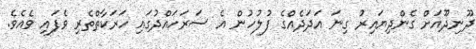
ދޫނިދޫއަށް ގެންދިޔައިރު ގިނަ އަދަދެއްގެ ފުލުހުން އެ ސަރަހައްދުގައި ހަރަކާތްތެރި ވެފައި ވެއެވެ.